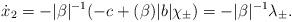
LaTeX: \begin{align*} \dot x_2 &=-\vert \beta\vert^{-1} (-c+(\beta)\vert b\vert \chi_{\pm})=-\vert \beta\vert^{-1} \lambda_{\pm}. \end{align*}